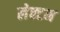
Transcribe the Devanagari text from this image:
लेक्टम